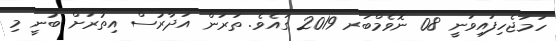
ހަމަޖެހިފައިވަނީ 08 ނޮވެމްބަރ 2019 ގައެވެ. ތަރަން އަދާރުސް އިތުރަށް ބުނީ މި